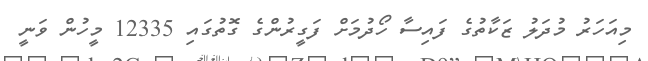
މިއަހަރު މުދަލު ޒަކާތުގެ ފައިސާ ހޯދުމަށް ފަގީރުންގެ ގޮތުގައި 12335 މީހުން ވަނީ